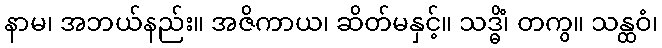
နာမ၊ အဘယ်နည်း။ အဇိကာယ၊ ဆိတ်မနှင့်။ သဒ္ဓိံ၊ တကွ။ သန္ထဝံ၊